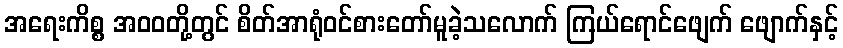
အရေးကိစ္စ အဝဝတို့တွင် စိတ်အာရုံဝင်စားတော်မူခဲ့သလောက် ကြယ်ရောင်ဖျေက် ဖျောက်နှင့်